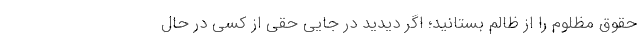
حقوق مظلوم را از ظالم بستانید؛ اگر دیدید در جایی حقی از کسی در حال